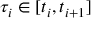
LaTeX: \tau _ { i } \in [ t _ { i } , t _ { i + 1 } ]